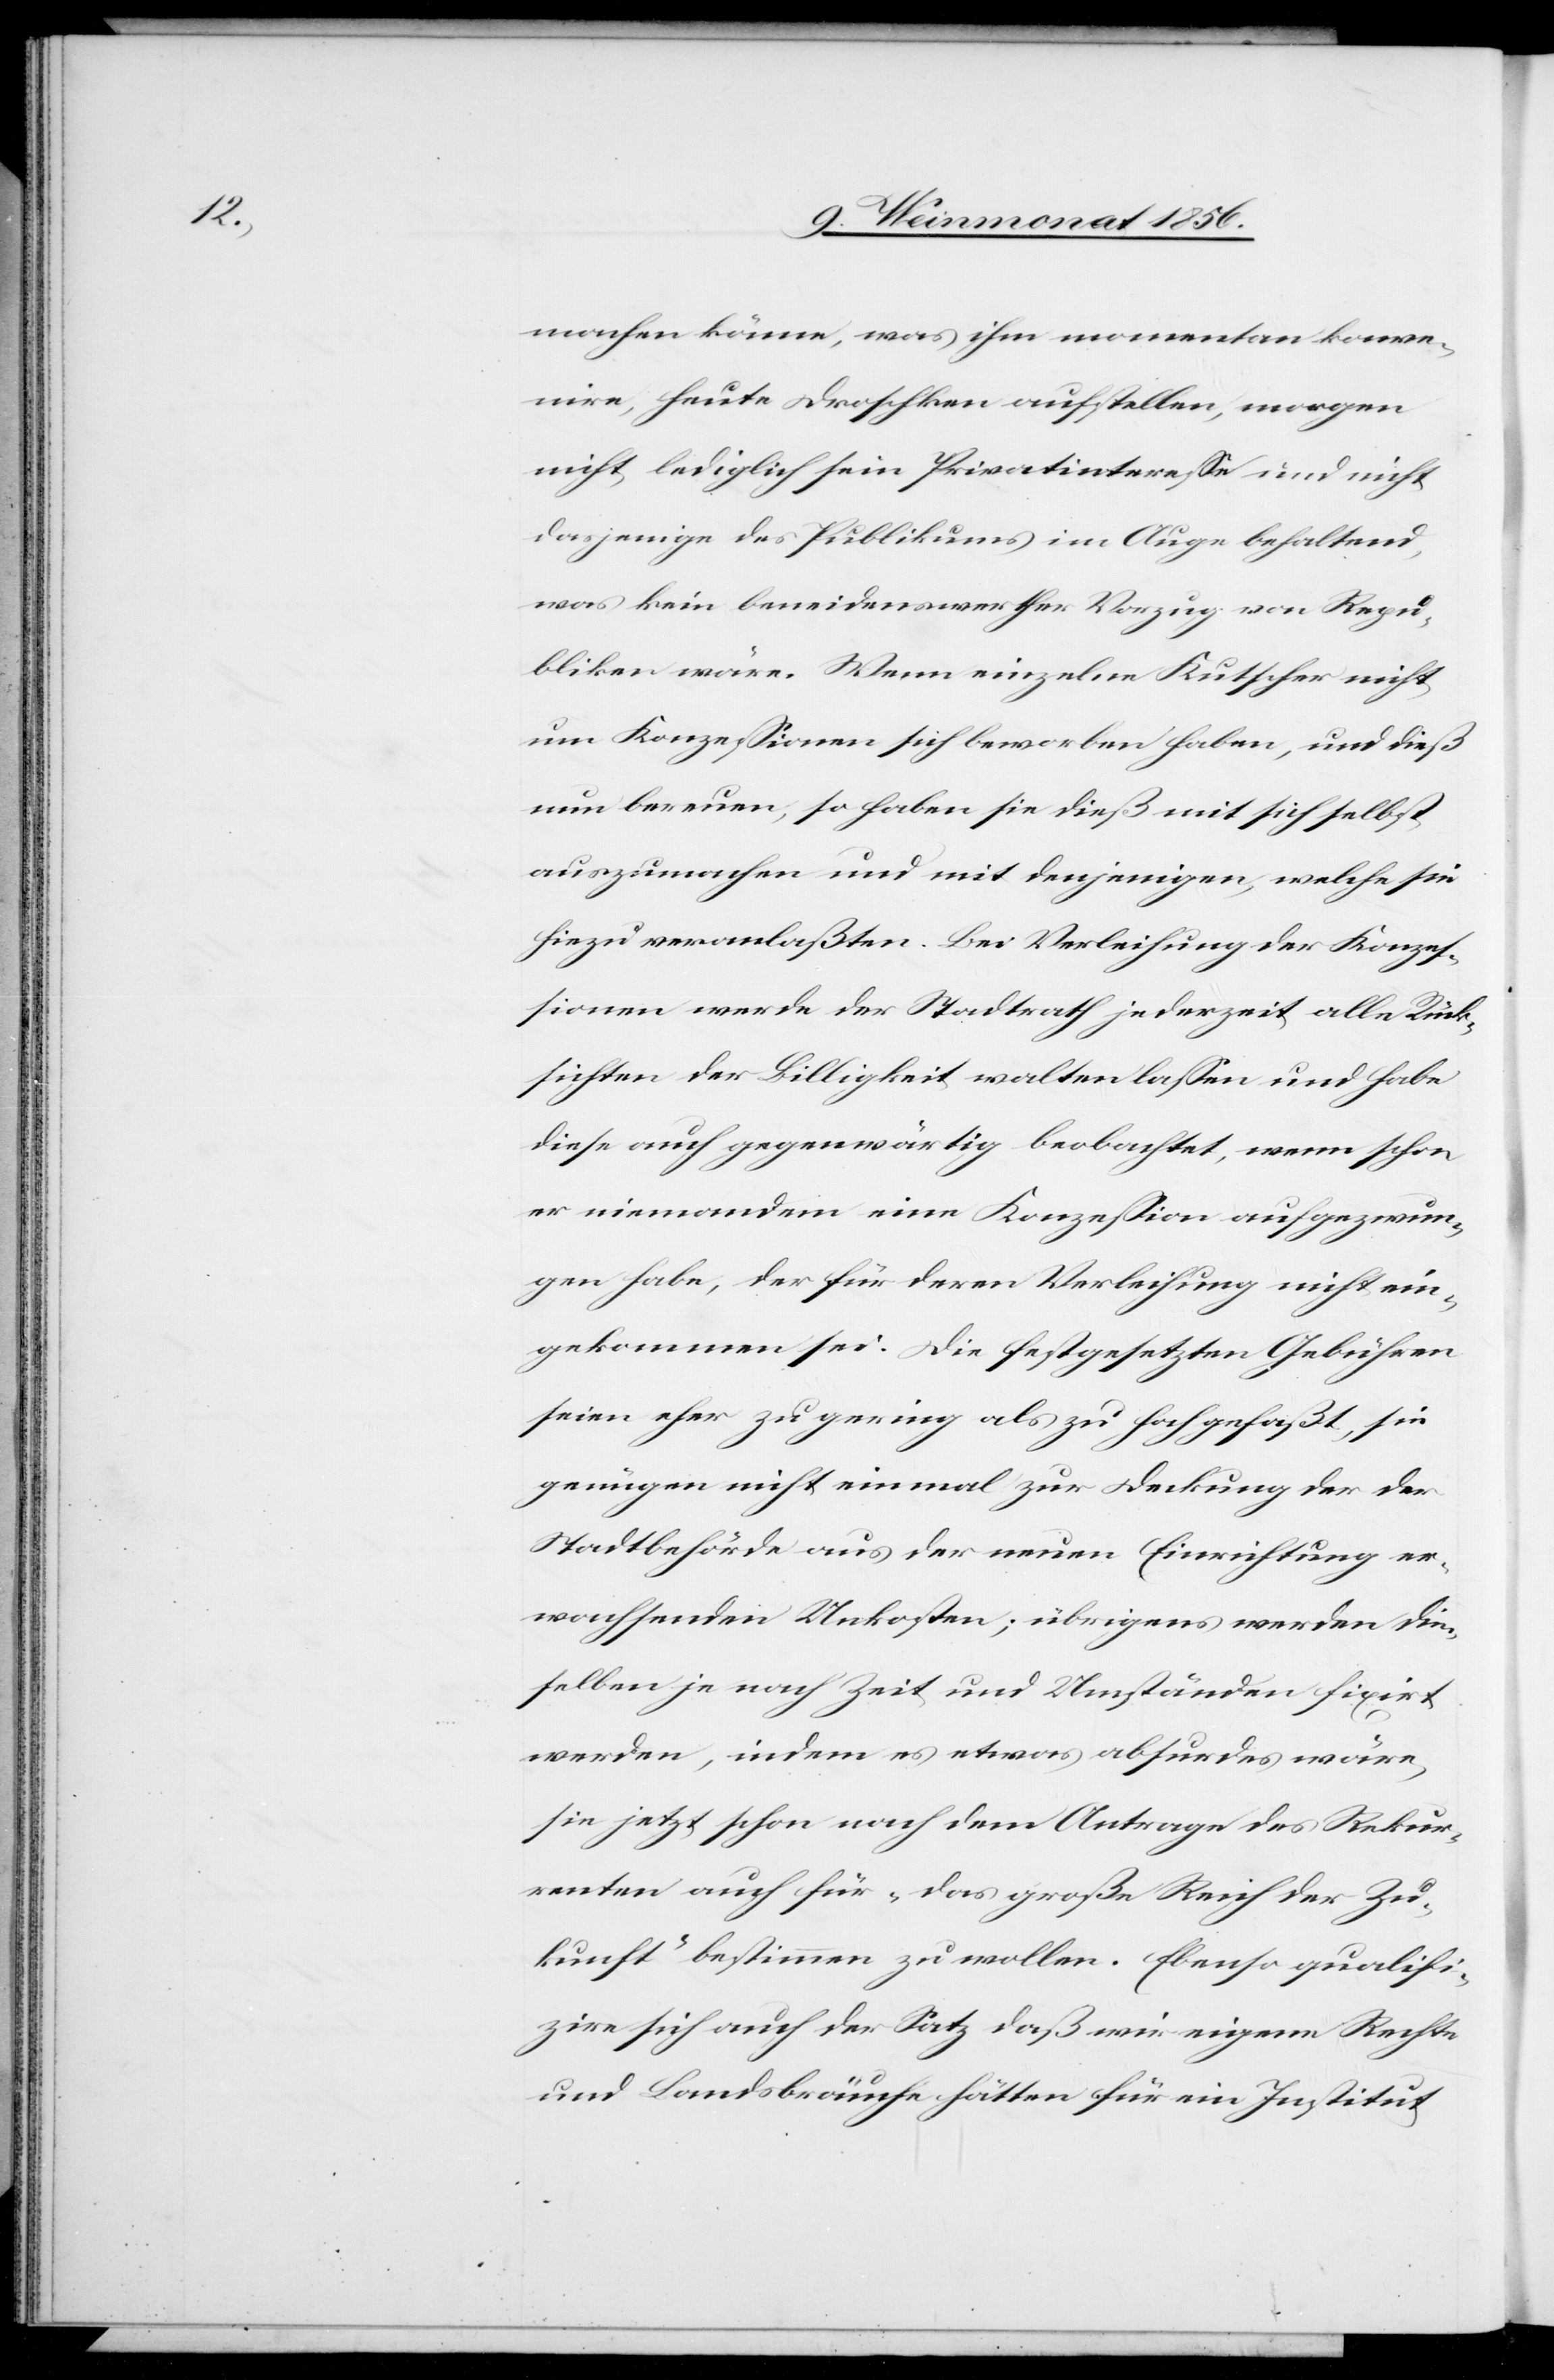
machen könne, was ihm momentan konve¬
nire, heute Droschken aufstellen, morgen
nicht, lediglich sein Privatinteresse und nicht
dasjenige des Publikums im Auge behaltend,
was kein beneidenswerther Vorzug von Repu¬
bliken wäre. Wenn einzelne Kutscher nicht
um Konzessionen sich beworben haben, und dieß
nun bereuen, so haben sie dieß mit sich selbst
auszumachen und mit denjenigen, welche sie
hiezu veranlaßten. Bei Verleihung der Konzes¬
sionen werde der Stadtrath jederzeit alle Rück¬
sichten der Billigkeit walten lassen und habe
diese auch gegenwärtig beobachtet, wenn schon
er niemandem eine Konzession aufgezwun¬
gen habe, der für deren Verleihung nicht ein¬
gekommen sei. Die festgesetzten Gebühren
seien eher zu gering als zu hoch gefaßt, sie
genügen nicht einmal zur Deckung der der
Stadtbehörde aus der neuen Einrichtung er¬
wachsenden Unkosten; übrigens werden die¬
selben je nach Zeit und Umständen fixirt
werden, indem es etwas absurdes wäre,
sie jetzt schon nach dem Antrage des Rekur¬
renten auch für „das große Reich der Zu¬
kunft” bestimmen zu wollen. Ebenso qualifi¬
zire sich auch der Satz daß wir eigene Rechte
und Landsbräuche hätten für ein Institut